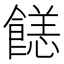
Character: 䭐